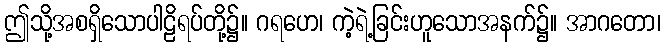
ဤသို့အစရှိသောပါဠိရပ်တို့၌။ ဂရဟေ၊ ကဲ့ရဲ့ခြင်းဟူသောအနက်၌။ အာဂတော၊